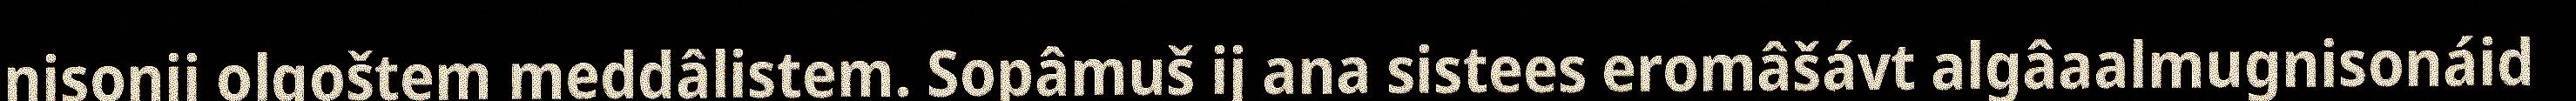
nisonij olgoštem meddâlistem. Sopâmuš ij ana sistees eromâšávt algâaalmugnisonáid